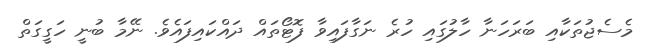
މެސެޖުތަކާއި ބަރަހަނާ ހާލުގައި ހުރެ ނަގާފައިވާ ފޮޓޯތައް ދައްކައިފައެވެ. ނޭމާ ބުނީ ހަގީގަތް